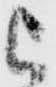
被